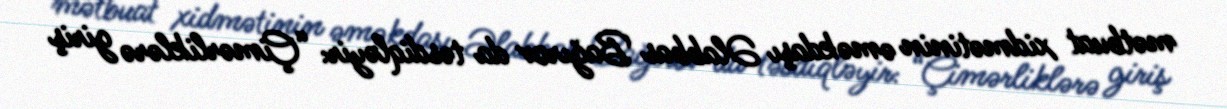
mətbuat xidmətinin əməkdaşı Əlabbas Bağırov da təsdiqləyir: “Çimərliklərə giriş